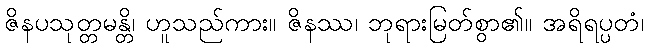
ဇိနပသုတ္တမန္တိ၊ ဟူသည်ကား။ ဇိနဿ၊ ဘုရားမြတ်စွာ၏။ အရိရပ္ပတံ၊